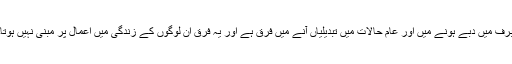
برف میں دبے ہونے میں اور عام حالات میں تبدیلیاں آنے میں فرق ہے اور یہ فرق ان لوگوں کے زندگی میں اعمال پر مبنی نہیں ہوتا۔